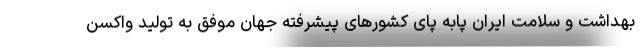
بهداشت و سلامت ایران پابه پای کشورهای پیشرفته جهان موفق به تولید واکسن